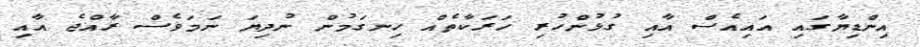
އިންޑިޔާގައި އައިއެސް އާއި ގުޅުންހުރި ހަރަކާތެެއް ހިނގަމުން ނުދިޔަ ނަމަވެސް ރާއްޖެ އާއި